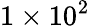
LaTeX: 1\times 10^{2}